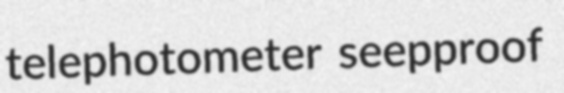
telephotometer seepproof